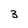
Character: 3